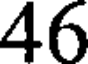
46